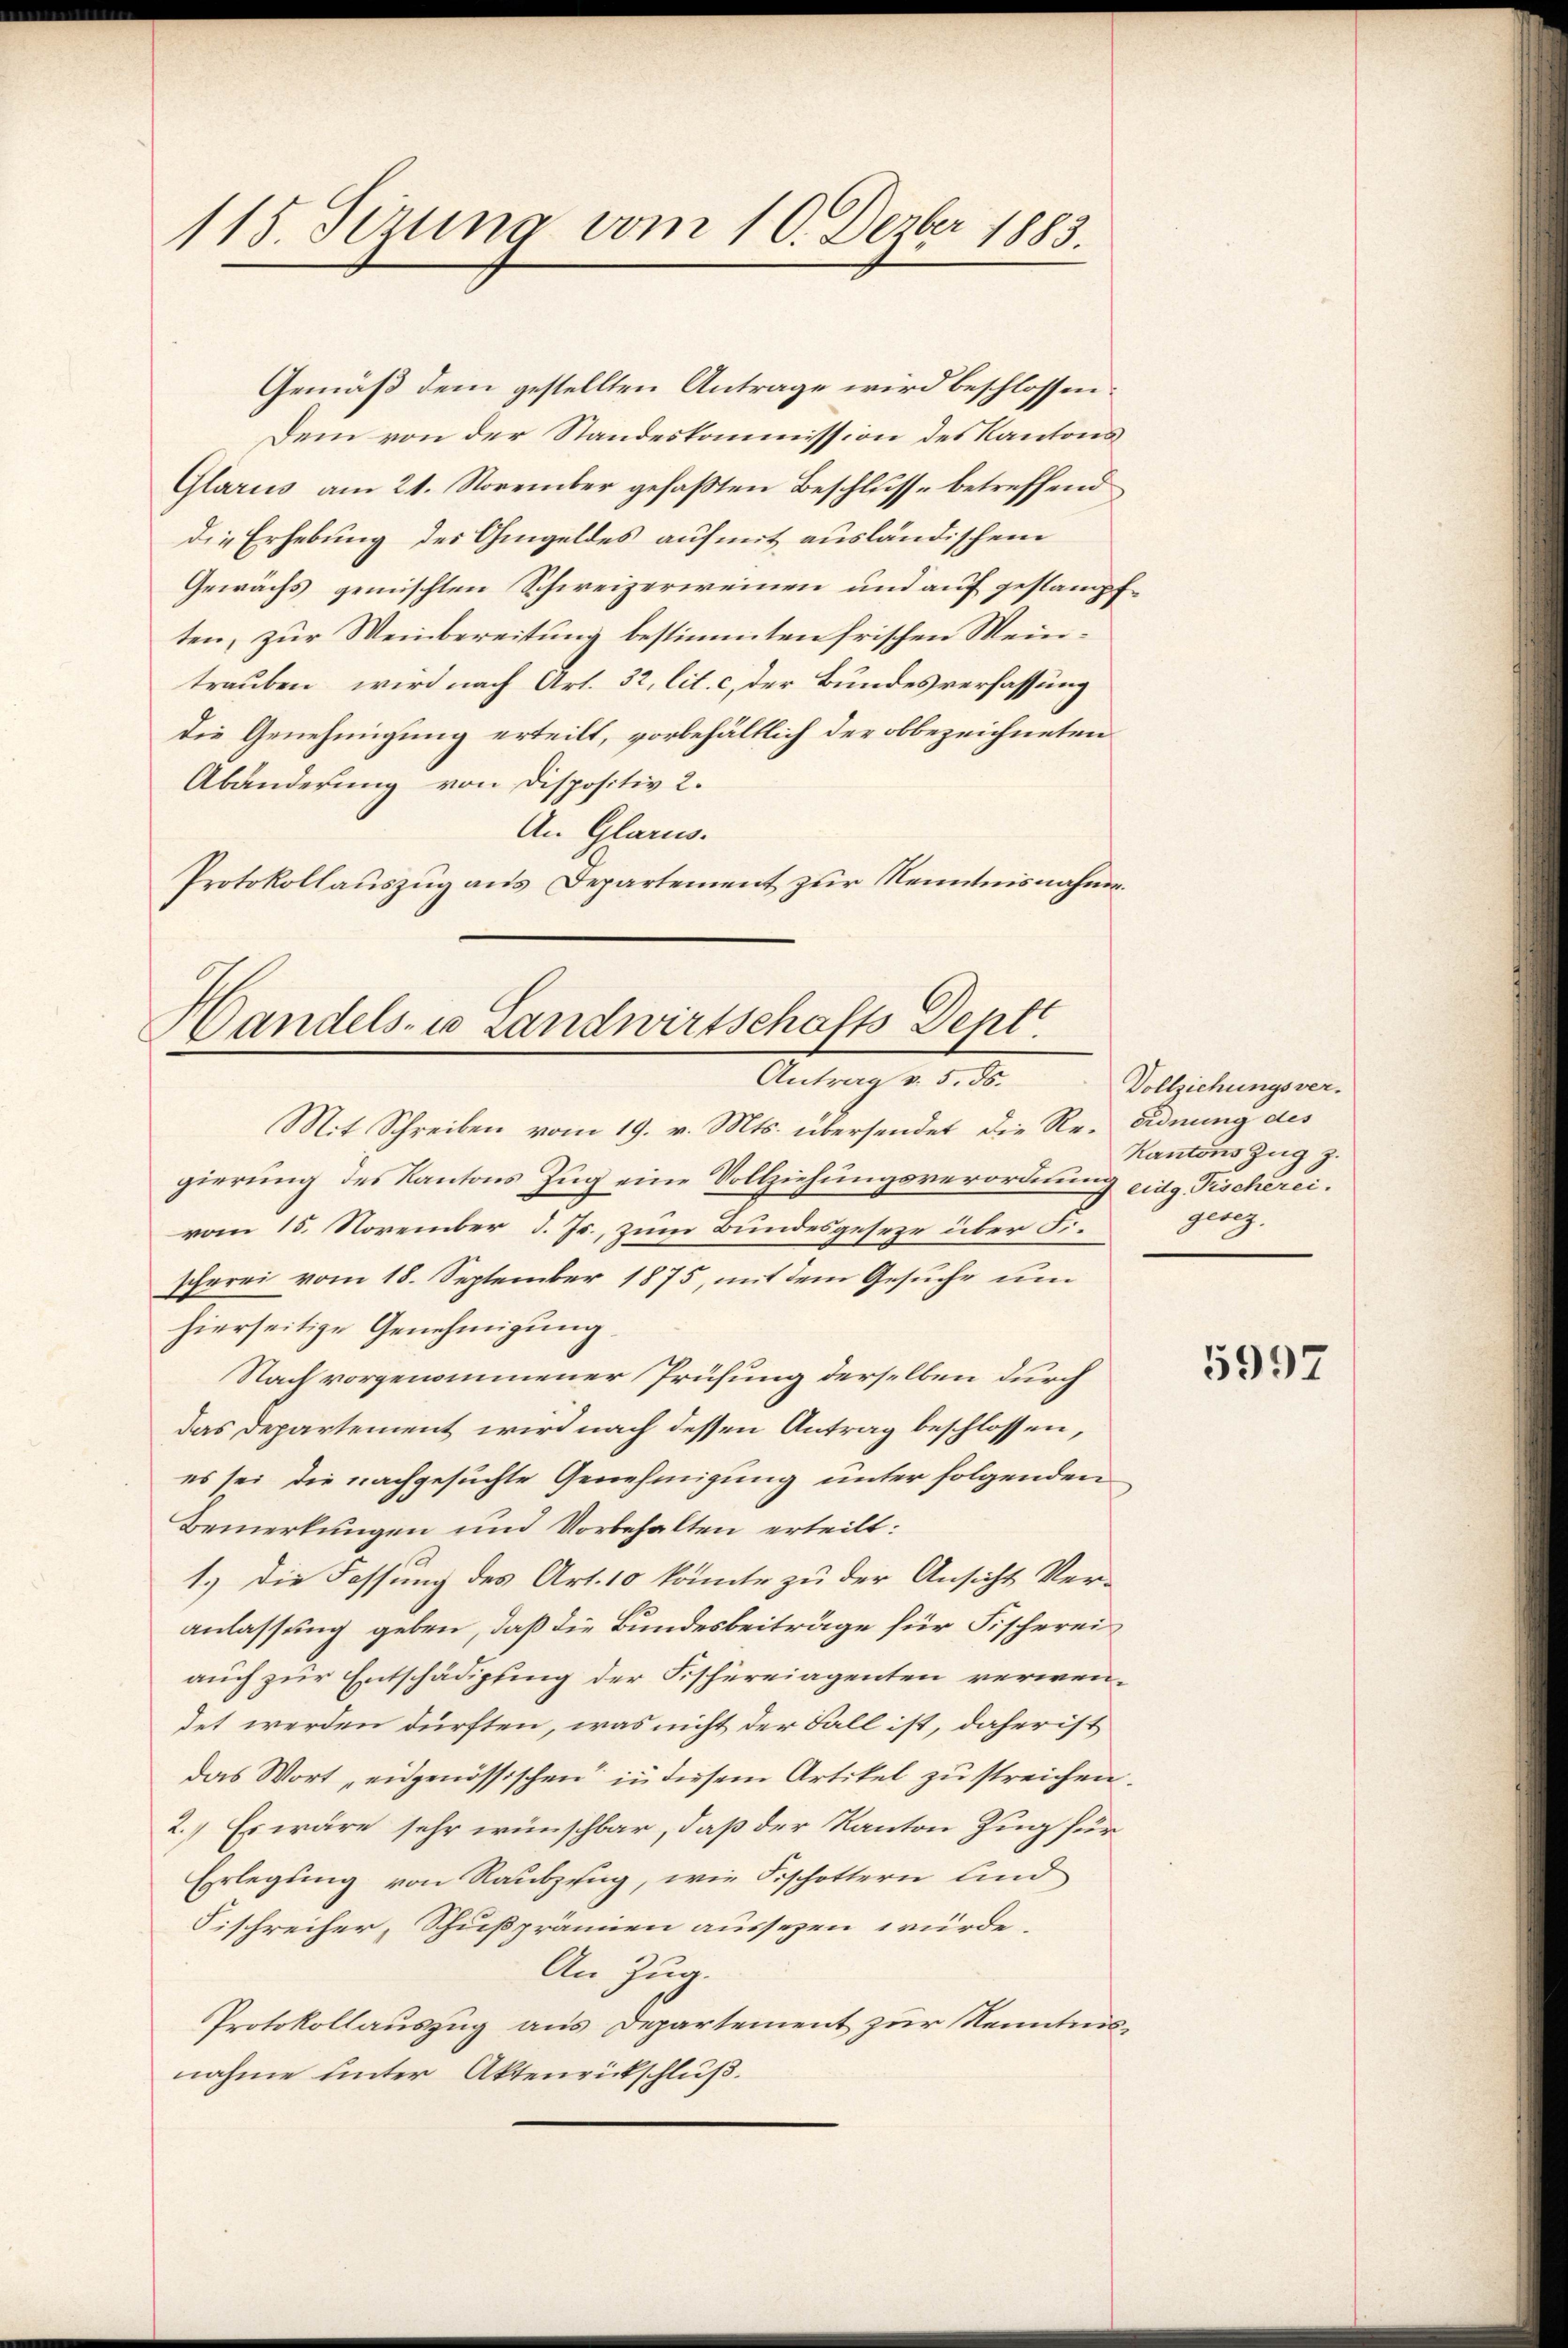
115. Sezung vom 10. Dezbr 1883.

Gemäß dem gestellten Antrage wird beschlossen:
Dem von der Standeskommission des Kantons
Glarus am 21. November gefaßten Beschlusse betreffend
die Erhebung des Gingeldes auf mit ausländischem
Gewächs gemischten Schweizerweinen und auf gestampften, zur Weinbereitung bestimmten frischen Meintrauben, wird nach Art. 32, lit. c, der Bundesverfassung
die Genehmigung erteilt, vorbehältlich der obbezeichneten
Abänderung von Dispositiv 2.
An Glarus.
Protokollauszug aus Departement zur Kenntnisnahme.

Handels- u Landwirtschafts Dept
Antrag v. 5. ds.

Mit Schreiben vom 19. v. Mts. übersendet die Re-Ordnung des
gierung des Kantons Zug eine Vollziehungsverordnung eidg. Fischereivom 15. November d. Js., zum Bundesgeseze über F.
scherei vom 18. September 1875, mit dem Gesuche um
hierseitige Genehmigung.
Nach vorgenommener Prüfung derselben durch
das Departement wird nach dessen Antrag beschlossen,
es sei die nachgesuchte Genehmigung unter folgenden
Bemerkungen und Vorbehalten erteilt:
1.) Die Fassung des Art. 10 könnte zu der Ansicht Ver-
anlassung geben, daß die Bundesbeiträge für Fischerei
auch zur Entschädigung der Fischereigenten verwendet werden dürften, was nicht der Fall ist, daher ist
das Wort „eidgenössischen in diesem Artikel zu streichen.
2.) Es wäre sehr wünschbar, daß der Kanton Zug für
Erlegung von Raubzung, wie Fischottern lind
Fischreifer, Schußprämien aussezen würde.
An Zug.
Protokollauszug aus Departement zur Kenntnisnahme unter Aktenrückschluß.

Vollziehungsver.
Kantons Zug z.
gesez.

5997